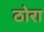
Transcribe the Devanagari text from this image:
ठोरा